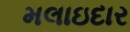
મલાઇદાર